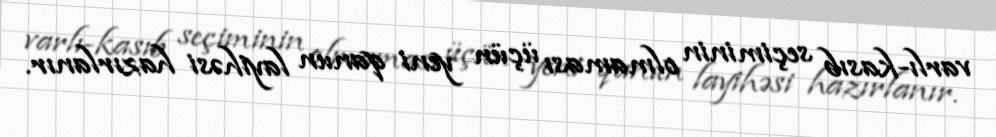
varlı-kasıb seçiminin olmaması üçün yeni qanun layihəsi hazırlanır.